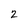
Character: 2